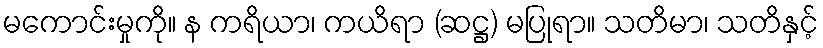
မကောင်းမှုကို။ န ကရိယာ၊ ကယိရာ (ဆဋ္ဌ) မပြုရာ။ သတိမာ၊ သတိနှင့်